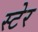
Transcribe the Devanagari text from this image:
स्टेर